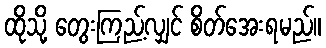
ထိုသို့ တွေးကြည့်လျှင် စိတ်အေးရမည်။